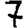
Digit: 7